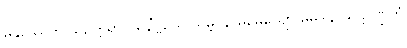
မနုဿေဟိ သဥတ္တရာ ပရိနိဗ္ဗယေ သမ္ဘဝနာမဓေယျော ဓူမဒါနံ ဃဋပဏ္ဍိတံ